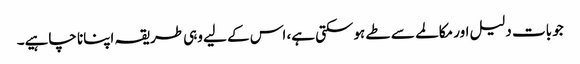
جو بات دلیل اور مکالمے سے طے ہوسکتی ہے، اس کے لیے وہی طریقہ اپنانا چاہیے۔